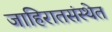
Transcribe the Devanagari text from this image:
जाहिरातसंस्थेत